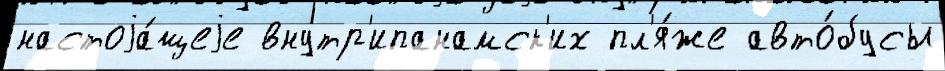
настоjа́щеjе внутр'ипанамск'их пл'я́же авто́бусы